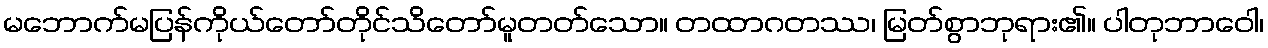
မဘောက်မပြန်ကိုယ်တော်တိုင်သိတော်မူတတ်သော။ တထာဂတဿ၊ မြတ်စွာဘုရား၏။ ပါတုဘာဝေါ၊